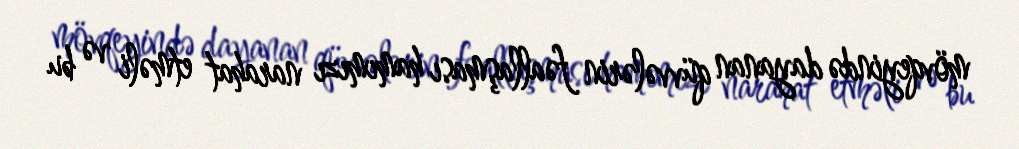
mövqeyində dayanan qüvvələrin fəallaşması hamımızı narahat etməli və bu